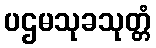
ပဌမသုခသုတ္တံ